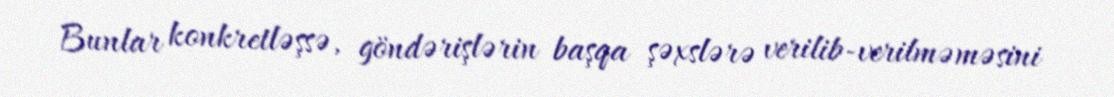
Bunlar konkretləşsə, göndərişlərin başqa şəxslərə verilib-verilməməsini